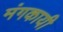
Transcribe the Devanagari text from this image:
मंगकायी